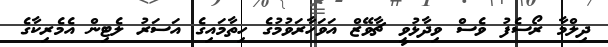
ދިލްމާ ރޯސެފު ވެސް ވިދާޅުވީ ޗާވޭޒް އަވަހާރަވުމުގެ ހިތާމައިގެ އަސަރު ލެޓިން އެމެރިކާގެ